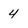
Character: 4